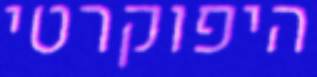
היפוקרטי